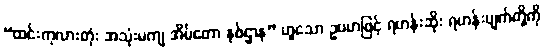
“ထင်းကုလားတုံး အသုံးမကျ အိမ်တော နှစ်ဌာန” ဟူသော ဥပမာဖြင့် ရဟန်းဆိုး ရဟန်းပျက်တို့ကို